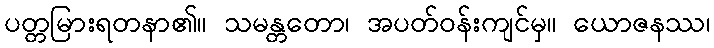
ပတ္တမြားရတနာ၏။ သမန္တတော၊ အပတ်ဝန်းကျင်မှ။ ယောဇနဿ၊